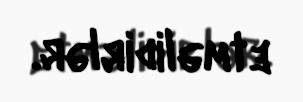
etməlidirlər.